画像に写った文字を読んでください
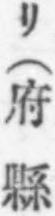
「リ(府縣」と書いてあります